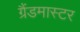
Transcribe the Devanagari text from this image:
ग्रैंडमास्‍टर